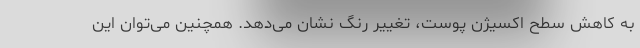
به کاهش سطح اکسیژن پوست، تغییر رنگ نشان می‌دهد. همچنین می‌توان این